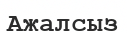
Ажалсыз